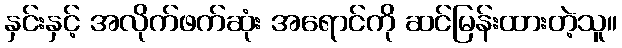
နှင်းနှင့် အလိုက်ဖက်ဆုံး အရောင်ကို ဆင်မြန်းထားတဲ့သူ။